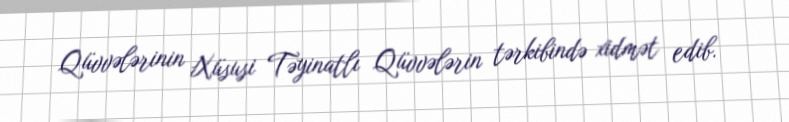
Qüvvələrinin Xüsusi Təyinatlı Qüvvələrin tərkibində xidmət edib.